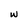
Character: w